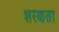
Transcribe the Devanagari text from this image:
शरणता